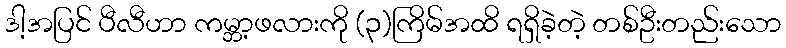
ဒါ့အပြင် ပီလီဟာ ကမ္ဘာ့ဖလားကို (၃)ကြိမ်အထိ ရရှိခဲ့တဲ့ တစ်ဦးတည်းသော